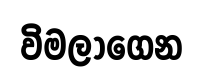
විමලාගෙන